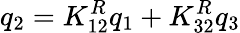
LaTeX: q_{2}=K_{12}^{R}q_{1}+K_{32}^{R}q_{3}